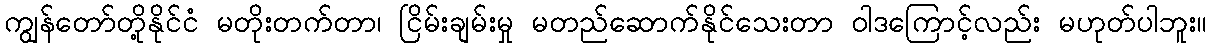
ကျွန်တော်တို့နိုင်ငံ မတိုးတက်တာ၊ ငြိမ်းချမ်းမှု မတည်ဆောက်နိုင်သေးတာ ဝါဒကြောင့်လည်း မဟုတ်ပါဘူး။